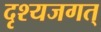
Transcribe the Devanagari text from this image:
दृश्यजगत्‌